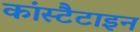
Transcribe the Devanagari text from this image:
कांस्टैटाइन